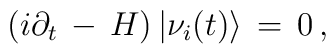
\left( i \partial_t \, - \, H\right)|\nu_i(t)\rangle \, =\, 0 \, ,